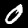
Label: 0